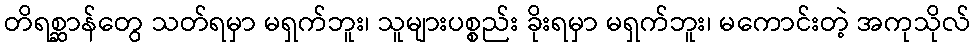
တိရစ္ဆာန်တွေ သတ်ရမှာ မရှက်ဘူး၊ သူများပစ္စည်း ခိုးရမှာ မရှက်ဘူး၊ မကောင်းတဲ့ အကုသိုလ်